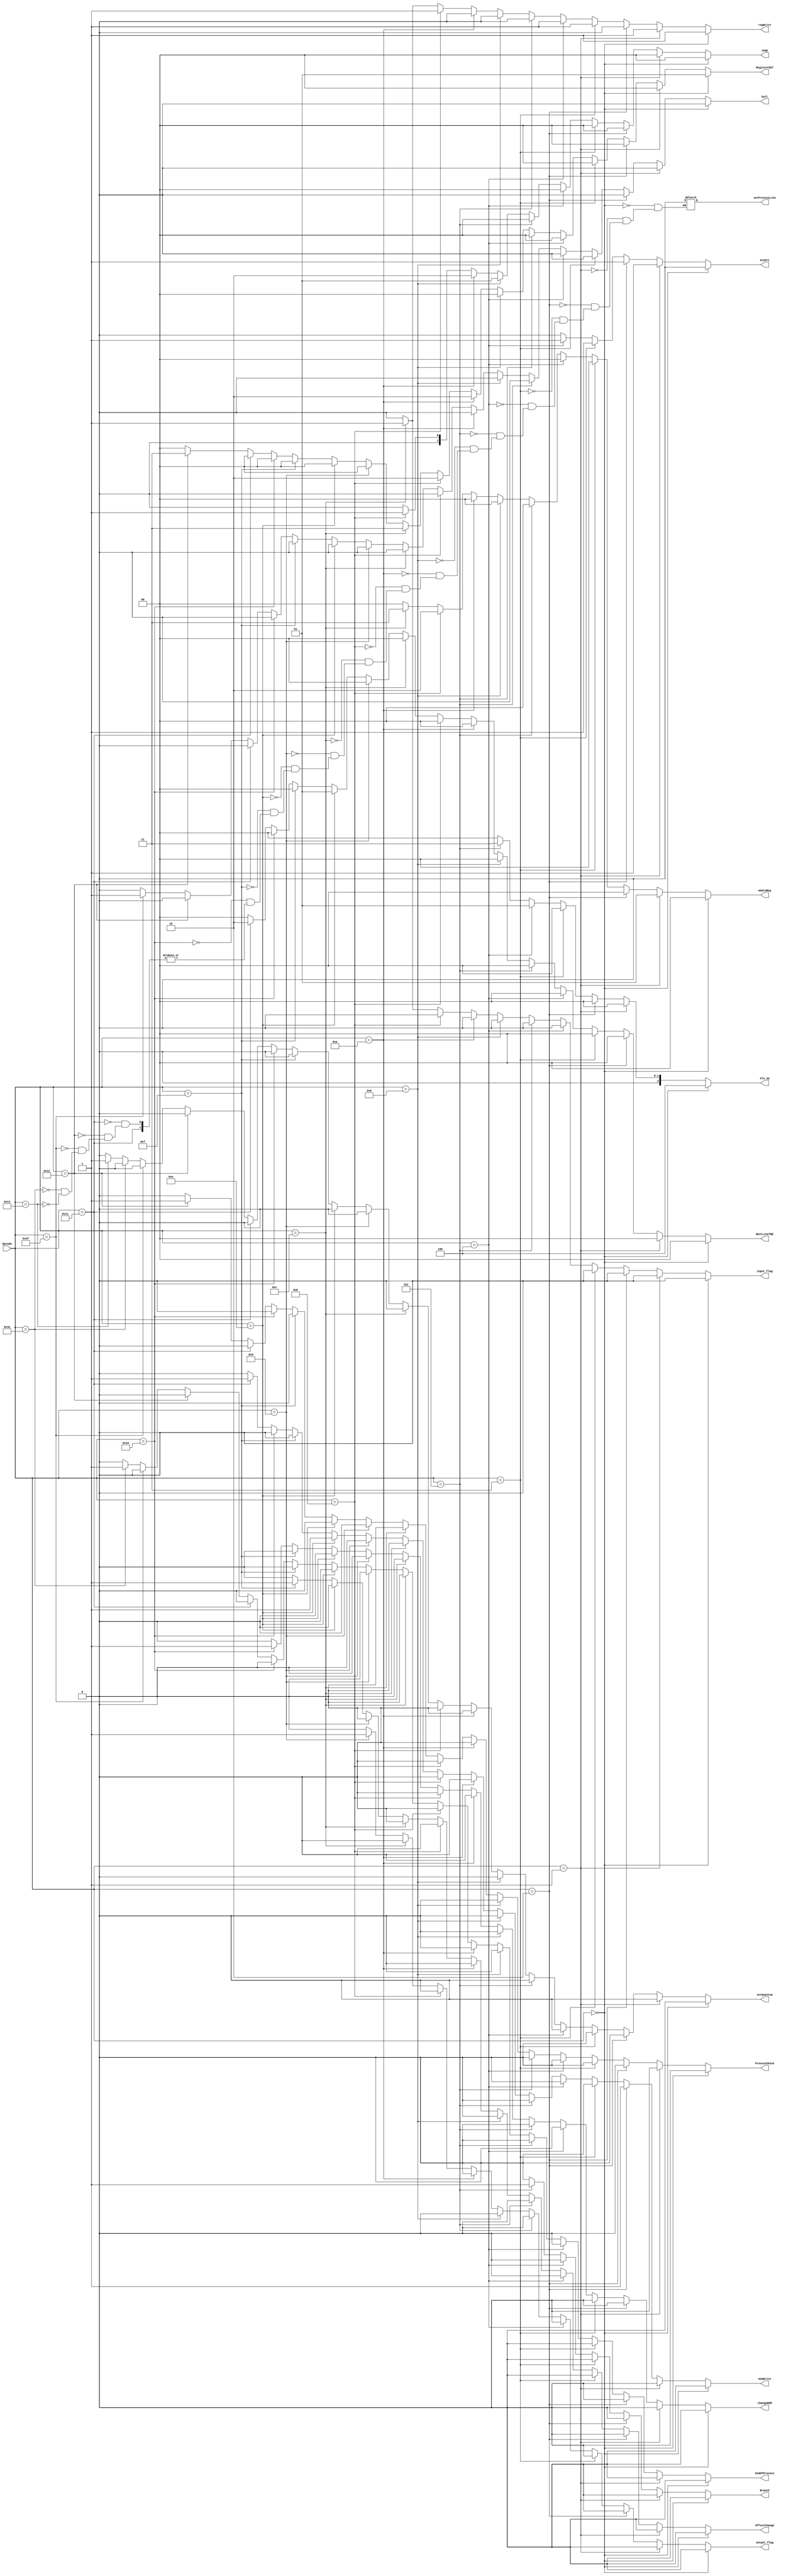
module ControlUnit(Opcode,RegisterDST,Jump,Branch,memtoReg,ALUSrc,regWrite,
memWrite,Alu_op,halt, output_flag, input_flag, NextLineTBE, OffsetChange,
 changeROM, setProcessLine, EndOfProcess,ProcessCheck, setQuantum);
 
	input [5:0] Opcode;
	output reg halt, output_flag, input_flag;
	output reg [1:0] Jump;
	output reg [1:0] RegisterDST;
	output reg [1:0] memtoReg;
	output reg Branch,ALUSrc,regWrite,memWrite;
	output reg [2:0] Alu_op;
	output reg [1:0] NextLineTBE;
	output reg OffsetChange;
	output reg changeROM;
	output reg setProcessLine;
	output reg EndOfProcess;
	output reg ProcessCheck;
	output reg setQuantum;
	always@(*) 
	begin
		if(Opcode == 6'b000000)				//Instruo tipo R
		begin
			RegisterDST <= 2'b01;
			Jump <= 2'b00;
			Branch <= 1'b0;
			memtoReg <= 2'b00;
			ALUSrc <= 1'b0;
			regWrite <= 1'b1;
			memWrite <= 1'b0; 
			Alu_op <= 3'b100;
			halt <= 1'b0;
			output_flag <= 1'b0;
			input_flag <= 1'b0;
			NextLineTBE <= 2'b00;
			OffsetChange <= 1'b0;
			changeROM <= 1'b0;
			setProcessLine <= 1'b0;
			EndOfProcess <= 1'b0;
			ProcessCheck <= 1'b0;
			setQuantum <= 1'b0;
		end
		else if (Opcode == 6'b000001)		//Instruo tipo I : lw
		begin
			RegisterDST <= 2'b00;
			Jump <= 2'b00;
			Branch <= 1'b0;
			memtoReg <= 2'b01;
			ALUSrc <= 1'b1;
			regWrite <= 1'b1;
			memWrite <= 1'b0; 
			Alu_op <= 3'b000;
			halt <= 1'b0;
			output_flag <= 1'b0;
			input_flag <= 1'b0;
			NextLineTBE <= 2'b00;
			OffsetChange <= 1'b0;
			changeROM <= 1'b0;
			setProcessLine <= 1'b0;
			EndOfProcess <= 1'b0;
			ProcessCheck <= 1'b0;
			setQuantum <= 1'b0;
		end
		else if (Opcode == 6'b000010)		//Instruo tipo I : sw
		begin
			RegisterDST <= 2'b00;
			Jump <= 2'b00;
			Branch <= 1'b0;
			memtoReg <= 2'b00;
			ALUSrc <= 1'b1;
			regWrite <= 1'b0;
			memWrite <= 1'b1; 
			Alu_op <= 3'b000;
			halt <= 1'b0;
			output_flag <= 1'b0;
			input_flag <= 1'b0;
			NextLineTBE <= 2'b00;
			OffsetChange <= 1'b0;
			changeROM <= 1'b0;
			setProcessLine <= 1'b0;
			EndOfProcess <= 1'b0;
			ProcessCheck <= 1'b0;
			setQuantum <= 1'b0;
		end
		else if (Opcode == 6'b000011)		//Instruo tipo I : addi
		begin
			RegisterDST <= 2'b00;
			Jump <= 2'b00;
			Branch <= 1'b0;
			memtoReg <= 2'b00;
			ALUSrc <= 1'b1;
			regWrite <= 1'b1;
			memWrite <= 1'b0; 
			Alu_op <= 3'b000;
			halt <= 1'b0;
			output_flag <= 1'b0;
			input_flag <= 1'b0;
			NextLineTBE <= 2'b00;
			OffsetChange <= 1'b0;
			changeROM <= 1'b0;
			setProcessLine <= 1'b0;
			EndOfProcess <= 1'b0;
			ProcessCheck <= 1'b0;
			setQuantum <= 1'b0;
		end
		else if (Opcode == 6'b000100)		//Instruo tipo I : subi
		begin
			RegisterDST <= 2'b00;
			Jump <= 2'b00;
			Branch <= 1'b0;
			memtoReg <= 2'b00;
			ALUSrc <= 1'b1;
			regWrite <= 1'b1;
			memWrite <= 1'b0; 
			Alu_op <= 3'b001;
			halt <= 1'b0;
			output_flag <= 1'b0;
			input_flag <= 1'b0;
			NextLineTBE <= 2'b00;
			OffsetChange <= 1'b0;
			changeROM <= 1'b0;
			setProcessLine <= 1'b0;
			EndOfProcess <= 1'b0;
			ProcessCheck <= 1'b0;
			setQuantum <= 1'b0;
		end
		else if (Opcode == 6'b000101)		//Instruo tipo I : beq
		begin
			RegisterDST <= 2'b00;
			Jump <= 2'b00;
			Branch <= 1'b1;
			memtoReg <= 2'b00;
			ALUSrc <= 1'b0;
			regWrite <= 1'b0;
			memWrite <= 1'b0; 
			Alu_op <= 3'b011;
			halt <= 1'b0;
			output_flag <= 1'b0;
			input_flag <= 1'b0;
			NextLineTBE <= 2'b00;
			OffsetChange <= 1'b0;
			changeROM <= 1'b0;
			setProcessLine <= 1'b0;
			EndOfProcess <= 1'b0;
			ProcessCheck <= 1'b0;
			setQuantum <= 1'b0;
		end

		else if (Opcode == 6'b001001)		//Instruo tipo J : j
		begin
			RegisterDST <= 2'b00;
			Jump <= 2'b01;
			Branch <= 1'b0;
			memtoReg <= 2'b00;
			ALUSrc <= 1'b0;
			regWrite <= 1'b0;
			memWrite <= 1'b0; 
			Alu_op <= 3'b000;
			halt <= 1'b0;
			output_flag <= 1'b0;
			input_flag <= 1'b0;
			NextLineTBE <= 2'b00;
			OffsetChange <= 1'b0;
			changeROM <= 1'b0;
			setProcessLine <= 1'b0;
			EndOfProcess <= 1'b0;
			ProcessCheck <= 1'b0;
			setQuantum <= 1'b0;
		end
		else if (Opcode == 6'b001010)		//Instruo tipo J : jr
		begin
			RegisterDST <= 2'b10;
			Jump <= 2'b10;
			Branch <= 1'b0;
			memtoReg <= 2'b00;
			ALUSrc <= 1'b0;
			regWrite <= 1'b0;
			memWrite <= 1'b0; 
			Alu_op <= 3'b000;
			halt <= 1'b0;
			output_flag <= 1'b0;
			input_flag <= 1'b0;
			NextLineTBE <= 2'b00;
			OffsetChange <= 1'b0;
			changeROM <= 1'b0;
			setProcessLine <= 1'b0;
			EndOfProcess <= 1'b0;
			ProcessCheck <= 1'b0;
			setQuantum <= 1'b0;
		end
		else if (Opcode == 6'b001011)		//Instruo tipo J : jal
		begin
			RegisterDST <= 2'b10;
			Jump <= 2'b01;
			Branch <= 1'b0;
			memtoReg <= 2'b10;
			ALUSrc <= 1'b0;
			regWrite <= 1'b1;
			memWrite <= 1'b0; 
			Alu_op <= 3'b000;
			halt <= 1'b0;
			output_flag <= 1'b0;	
			input_flag <= 1'b0;
			NextLineTBE <= 2'b00;
			OffsetChange <= 1'b0;
			changeROM <= 1'b0;
			setProcessLine <= 1'b0;
			EndOfProcess <= 1'b0;
			ProcessCheck <= 1'b0;
			setQuantum <= 1'b0;
		end
		else if (Opcode == 6'b001100)		//Input
		begin
			RegisterDST <= 2'b11;
			Jump <= 2'b00;
			Branch <= 1'b0;
			memtoReg <= 2'b11;
			ALUSrc <= 1'b0;
			regWrite <= 1'b1;
			memWrite <= 1'b0; 
			Alu_op <= 3'b000;
			halt <= 1'b0;
			output_flag <= 1'b0;
			input_flag <= 1'b1;
			NextLineTBE <= 2'b00;
			OffsetChange <= 1'b0;
			changeROM <= 1'b0;
			setProcessLine <= 1'b0;
			EndOfProcess <= 1'b0;
			ProcessCheck <= 1'b0;
			setQuantum <= 1'b0;
		end
		else if (Opcode == 6'b001101)		//Output
		begin
			RegisterDST <= 2'b00;
			Jump <= 2'b00;
			Branch <= 1'b0;
			memtoReg <= 2'b00;
			ALUSrc <= 1'b0;
			regWrite <= 1'b0;
			memWrite <= 1'b0; 
			Alu_op <= 3'b000;
			halt <= 1'b0;
			output_flag <= 1'b1;
			input_flag <= 1'b0;
			NextLineTBE <= 2'b00;
			OffsetChange <= 1'b0;
			changeROM <= 1'b0;
			setProcessLine <= 1'b0;
			EndOfProcess <= 1'b0;
			ProcessCheck <= 1'b0;
			setQuantum <= 1'b0;
		end
		else if (Opcode == 6'b001110)		//NextLineTBE
		begin
			RegisterDST <= 2'b00;
			Jump <= 2'b00;
			Branch <= 1'b0;
			memtoReg <= 2'b00;
			ALUSrc <= 1'b0;
			regWrite <= 1'b0;
			memWrite <= 1'b1; 
			Alu_op <= 3'b000;
			halt <= 1'b0;
			output_flag <= 1'b0;
			input_flag <= 1'b0;
			NextLineTBE <= 2'b01;
			OffsetChange <= 1'b0;
			changeROM <= 1'b0;
			setProcessLine <= 1'b0;
			EndOfProcess <= 1'b0;
			ProcessCheck <= 1'b0;
			setQuantum <= 1'b0;
		end
		else if (Opcode == 6'b001111)		//changeOffset
		begin
			RegisterDST <= 2'b00;
			Jump <= 2'b00;
			Branch <= 1'b0;
			memtoReg <= 2'b00;
			ALUSrc <= 1'b0;
			regWrite <= 1'b0;
			memWrite <= 1'b0; 
			Alu_op <= 3'b000;
			halt <= 1'b0;
			output_flag <= 1'b0;
			input_flag <= 1'b0;
			NextLineTBE <= 2'b00;
			OffsetChange <= 1'b1;
			changeROM <= 1'b0;
			setProcessLine <= 1'b0;
			EndOfProcess <= 1'b0;
			ProcessCheck <= 1'b0;
			setQuantum <= 1'b0;
		end
		else if (Opcode == 6'b010000)		//changeROM
		begin
			RegisterDST <= 2'b00;
			Jump <= 2'b00;
			Branch <= 1'b0;
			memtoReg <= 2'b00;
			ALUSrc <= 1'b0;
			regWrite <= 1'b0;
			memWrite <= 1'b0; 
			Alu_op <= 3'b000;
			halt <= 1'b0;
			output_flag <= 1'b0;
			input_flag <= 1'b0;
			NextLineTBE <= 2'b00;
			OffsetChange <= 1'b0;
			changeROM <= 1'b1;
			setProcessLine <= 1'b0;
			EndOfProcess <= 1'b0;
			ProcessCheck <= 1'b0;
			setQuantum <= 1'b0;
		end
		else if (Opcode == 6'b010001)		//setProcessLine
		begin
			RegisterDST <= 2'b00;
			Jump <= 2'b00;
			Branch <= 1'b0;
			memtoReg <= 2'b00;
			ALUSrc <= 1'b0;
			regWrite <= 1'b0;
			memWrite <= 1'b1; 
			Alu_op <= 3'b000;
			halt <= 1'b0;
			output_flag <= 1'b0;
			input_flag <= 1'b0;
			NextLineTBE <= 2'b10;
			OffsetChange <= 1'b0;
			changeROM <= 1'b0;
			EndOfProcess <= 1'b0;
			ProcessCheck <= 1'b0;
			setQuantum <= 1'b0;
		end
		else if (Opcode == 6'b010010)		//ProcessCheck
		begin
			RegisterDST <= 2'b11;
			Jump <= 2'b00;
			Branch <= 1'b0;
			memtoReg <= 2'b00;
			ALUSrc <= 1'b0;
			regWrite <= 1'b0;
			memWrite <= 1'b0; 
			Alu_op <= 3'b000;
			halt <= 1'b0;
			output_flag <= 1'b0;
			input_flag <= 1'b0;
			NextLineTBE <= 2'b00;
			OffsetChange <= 1'b0;
			changeROM <= 1'b0;
			setProcessLine <= 1'b0;
			EndOfProcess <= 1'b0;
			ProcessCheck <= 1'b1;
			setQuantum <= 1'b0;
		end
		else if (Opcode == 6'b111111)		//HALT
		begin
			RegisterDST <= 2'b00;
			Jump <= 2'b00;
			Branch <= 1'b0;
			memtoReg <= 2'b00;
			ALUSrc <= 1'b0;
			regWrite <= 1'b0;
			memWrite <= 1'b0; 
			Alu_op <= 3'b000;
			halt <= 1'b1;
			output_flag <= 1'b0;
			input_flag <= 1'b0;
			NextLineTBE <= 2'b00;
			OffsetChange <= 1'b0;
			changeROM <= 1'b0;
			setProcessLine <= 1'b0;
			EndOfProcess <= 1'b0;
			ProcessCheck <= 1'b0;
			setQuantum <= 1'b0;
		end
		else if (Opcode == 6'b111110)		//EndProcess
		begin
			RegisterDST <= 2'b00;
			Jump <= 2'b00;
			Branch <= 1'b0;
			memtoReg <= 2'b00;
			ALUSrc <= 1'b0;
			regWrite <= 1'b0;
			memWrite <= 1'b0; 
			Alu_op <= 3'b000;
			halt <= 1'b0;
			output_flag <= 1'b0;
			input_flag <= 1'b0;
			NextLineTBE <= 2'b00;
			OffsetChange <= 1'b0;
			changeROM <= 1'b0;
			setProcessLine <= 1'b0;
			EndOfProcess <= 1'b1;
			ProcessCheck <= 1'b0;
			setQuantum <= 1'b0;
		end
		else if (Opcode == 6'b010011)		//setQuantum
		begin
			RegisterDST <= 2'b00;
			Jump <= 2'b00;
			Branch <= 1'b0;
			memtoReg <= 2'b00;
			ALUSrc <= 1'b0;
			regWrite <= 1'b0;
			memWrite <= 1'b0; 
			Alu_op <= 3'b000;
			halt <= 1'b0;
			output_flag <= 1'b0;
			input_flag <= 1'b0;
			NextLineTBE <= 2'b00;
			OffsetChange <= 1'b0;
			changeROM <= 1'b0;
			setProcessLine <= 1'b0;
			EndOfProcess <= 1'b0;
			ProcessCheck <= 1'b0;
			setQuantum <= 1'b1;
		end
		else 										//default
		begin
			RegisterDST <= 2'b00;
			Jump <= 2'b00;
			Branch <= 1'b0;
			memtoReg <= 2'b00;
			ALUSrc <= 1'b0;
			regWrite <= 1'b0;
			memWrite <= 1'b0; 
			Alu_op <= 3'b000;
			halt <= 1'b0;
			output_flag <= 1'b0;
			input_flag <= 1'b0;
			NextLineTBE <= 2'b00;
			OffsetChange <= 1'b0;
			changeROM <= 1'b0;
			EndOfProcess <= 1'b0;
			ProcessCheck <= 1'b0;
			setQuantum <= 1'b0;
		end
	end
endmodule